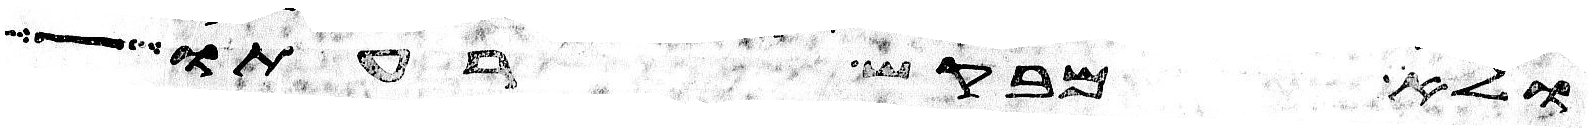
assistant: ולא מבקש רעתו